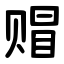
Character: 赗